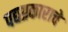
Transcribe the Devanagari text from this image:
पद्यप्रकाराचे